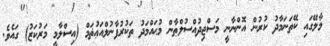
މާލޭގައި ކޭތަނަމާދު ކުރުން އޮންނާނީ މަސްޖިދުއްސުލްޠާން މުޙައްމަދު ތަކުރުފާނުލްއަޢުޡަމް (އިސްލާމީ މަރުކަޒު) ގައެވެ.